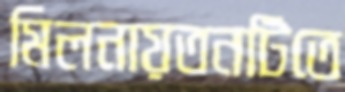
মিলনায়তনটিতে